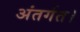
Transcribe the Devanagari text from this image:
अंतर्गत।